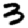
Digit: 3